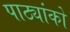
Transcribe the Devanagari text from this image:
पाठ्यांको